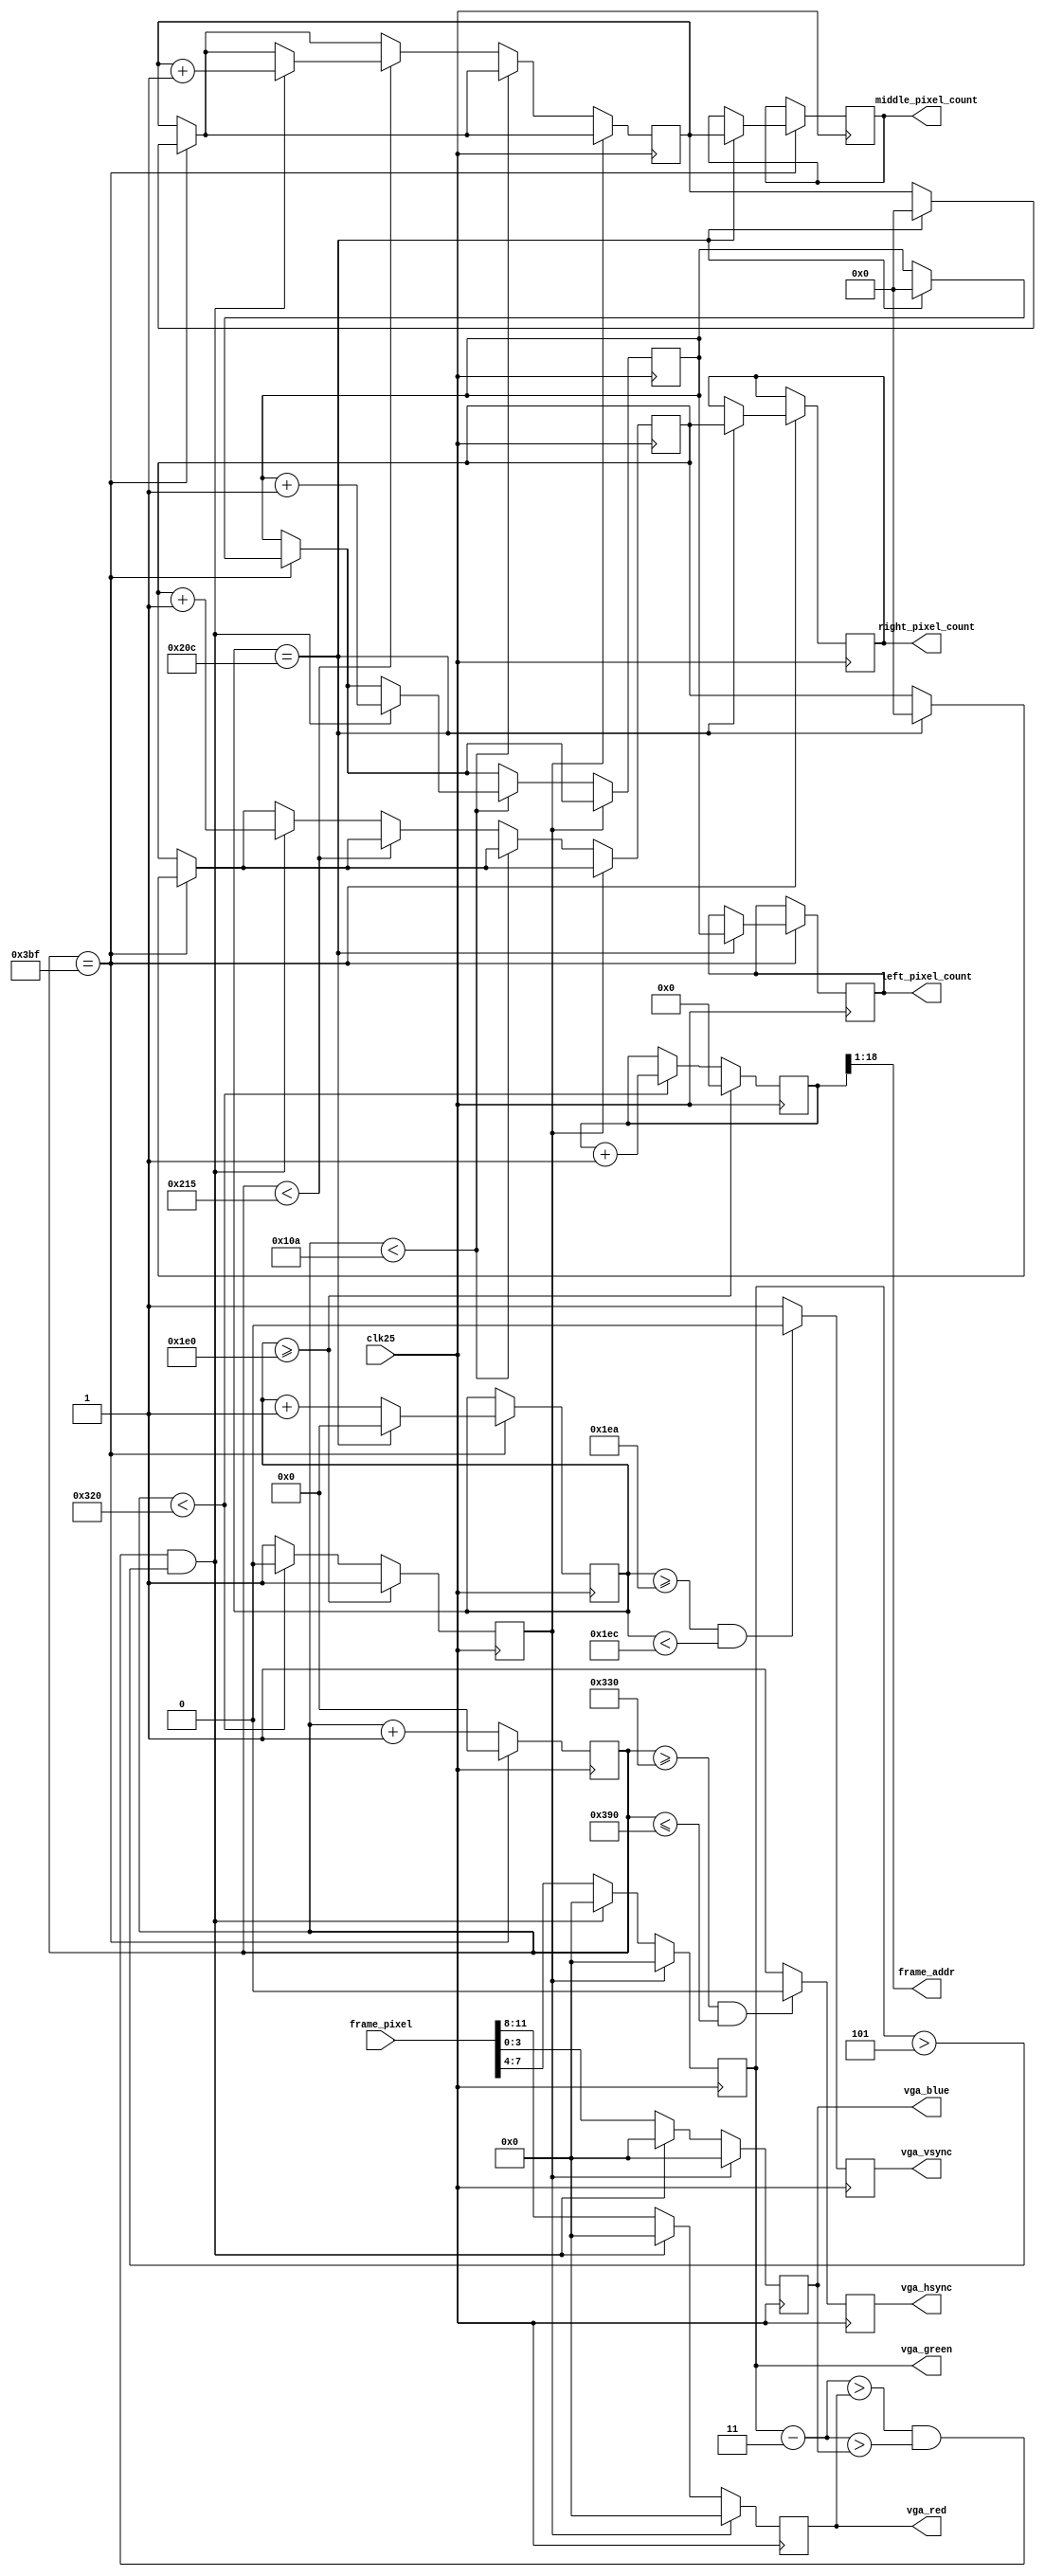
module ov5640_vga (
    input clk25,
    output reg [3:0] vga_red,
    output reg [3:0] vga_green,
    output reg [3:0] vga_blue,
    output reg vga_hsync,
    output reg vga_vsync,
    output  [17:0] frame_addr,
    input [11:0] frame_pixel,
    output reg [19:0] left_pixel_count,
    output reg [19:0] middle_pixel_count,
    output reg [19:0] right_pixel_count
);

// Timing constants
parameter hRez = 640+160;
parameter hStartSync = 640+16+160;
parameter hEndSync = 640+16+96+160;
parameter hMaxCount = 800+160;

parameter vRez = 480;
parameter vStartSync = 480+10;
parameter vEndSync = 480+10+2;
parameter vMaxCount = 480+10+2+33;

parameter hsync_active = 1'b0;
parameter vsync_active = 1'b0;

reg [9:0] hCounter = 10'b0;
reg [9:0] vCounter = 10'b0;
reg [18:0] address = 19'b0;
reg blank = 1'b1;

reg [19:0] left_count = 20'b0;
reg [19:0] middle_count = 20'b0;
reg [19:0] right_count = 20'b0;

assign frame_addr = address[18:1];

always @(posedge clk25) begin
    // Count the lines and rows
    if (hCounter == hMaxCount-1) begin
        hCounter <= 10'b0;
        if (vCounter == vMaxCount-1) begin
            vCounter <= 10'b0;
            
            // Output the pixel counts at the end of a frame
            left_pixel_count <= left_count;
            middle_pixel_count <= middle_count;
            right_pixel_count <= right_count;
            
            // Reset the counts for the next frame
            left_count <= 20'b0;
            middle_count <= 20'b0;
            right_count <= 20'b0;
        end else begin
            vCounter <= vCounter + 1;
        end
    end else begin
        hCounter <= hCounter + 1;
    end

    if (blank == 1'b0) begin
        vga_red <= frame_pixel[11:8];
        vga_green <= frame_pixel[7:4];
        vga_blue <= frame_pixel[3:0];
        
        // Count pixels in the three sections
        if (hCounter < hRez *1/3 ) begin
            if (vga_green - 4'b0011 > vga_red && vga_green - 4'b0011 > vga_blue && vga_green > 4'b0101)
                begin
                    left_count <= left_count + 1;
                    vga_red <= 4'b0;
                    vga_green <= 4'b0;
                    vga_blue <= 4'b0;
                end

        end else if (hCounter < hRez*2/3) begin
            if (vga_green - 4'b0011 > vga_red && vga_green - 4'b0011 > vga_blue && vga_green > 4'b0101)
               begin
                    middle_count <= middle_count + 1;
                    vga_red <= 4'b0;
                    vga_green <= 4'b0;
                    vga_blue <= 4'b0;
                end
        end else begin
            if (vga_green - 4'b0011 > vga_red && vga_green - 4'b0011 > vga_blue && vga_green > 4'b0101)
                begin
                    right_count <= right_count + 1;
                    vga_red <= 4'b0;
                    vga_green <= 4'b0;
                    vga_blue <= 4'b0;
                end
        end
    end else begin
        vga_red <= 4'b0;
        vga_green <= 4'b0;
        vga_blue <= 4'b0;
    end

    if (vCounter >= vRez) begin
        address <= 19'b0;
        blank <= 1'b1;
    end else begin
        if (hCounter < hRez) begin
            blank <= 1'b0;
            address <= address + 1;
        end else begin
            blank <= 1'b1;
        end
    end

    // hSync pulse?
    if (hCounter >= hStartSync && hCounter <= hEndSync) begin
        vga_hsync <= hsync_active;
    end else begin
        vga_hsync <= ~hsync_active;
    end

    // vSync pulse?
    if (vCounter >= vStartSync && vCounter < vEndSync) begin
        vga_vsync <= vsync_active;
    end else begin
        vga_vsync <= ~vsync_active;
    end
end

endmodule